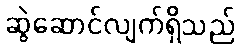
ဆွဲဆောင်လျက်ရှိသည်